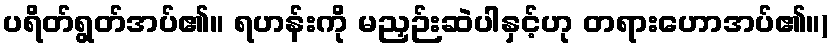
ပရိတ်ရွတ်အပ်၏။ ရဟန်းကို မညှဉ်းဆဲပါနှင့်ဟု တရားဟောအပ်၏။)